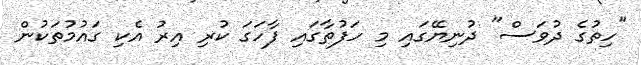
"ހިތުގެ ދުވަސް" ދުނިޔޭގައި މި ހަފުތާގައި ފާހަގަ ކުރި އިރު އެކި ގައުމުތަކުން